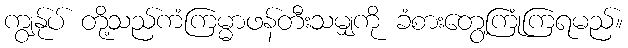
ကျွနု်ပ် တို့သည်ကံကြမ္မာဖန်တီးသမျှကို ခံစားတွေ့ကြုံကြရမည်။